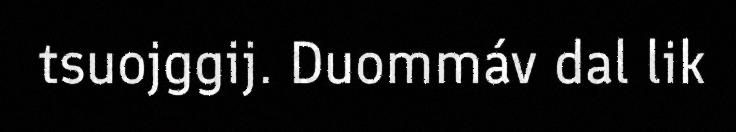
tsuojggij. Duommáv dal lik